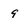
Character: 9